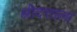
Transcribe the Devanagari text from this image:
श्रीदत्ताला